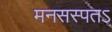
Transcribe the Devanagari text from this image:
मनसस्पतऽ